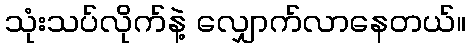
သုံးသပ်လိုက်နဲ့ လျှောက်လာနေတယ်။